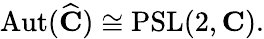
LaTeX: \operatorname{Aut}({\widehat{\mathbf{C}}})\cong\operatorname{PSL}(2,\mathbf{C}).